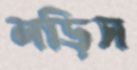
লড়িস